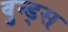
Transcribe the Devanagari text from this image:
वुन्ड्स